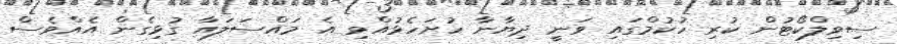
ސިވިލްކޯޓުން ކުރި ހުކުމްގައި ވަނީ ދިޔާނާ ހުށަހެޅުއްވި އެ މައްސަލައާ ގުޅިގެން އެއްވެސް